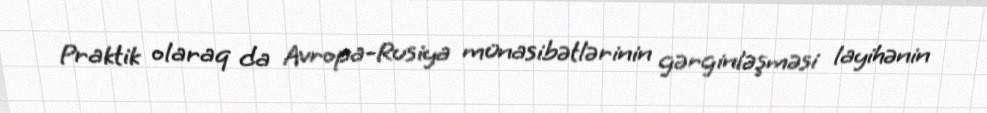
Praktik olaraq da Avropa-Rusiya münasibətlərinin gərginləşməsi layihənin